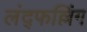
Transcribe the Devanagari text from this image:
लंद्फल्लिंग